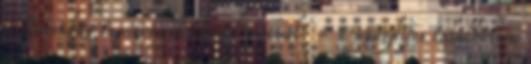
a Boronkay tanítványai közül címmel. - a nyugdíjas találkozóra